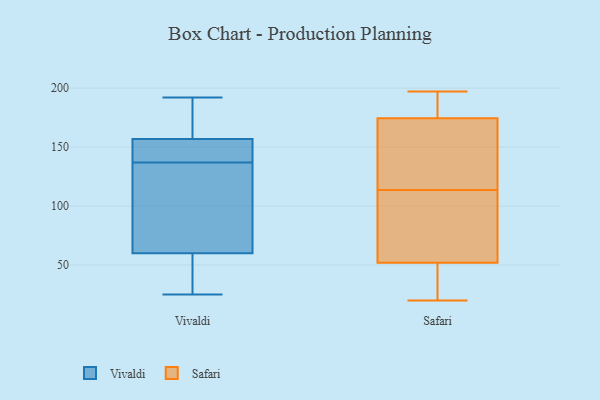
{"axis": {"x": "Market Share (%)", "y": "Value"}, "legend": ["Safari", "Vivaldi"], "data": [{"x": "", "y": 162, "type": "Vivaldi"}, {"x": "", "y": 157, "type": "Vivaldi"}, {"x": "", "y": 120, "type": "Vivaldi"}, {"x": "", "y": 41, "type": "Vivaldi"}, {"x": "", "y": 156, "type": "Vivaldi"}, {"x": "", "y": 50, "type": "Vivaldi"}, {"x": "", "y": 175, "type": "Vivaldi"}, {"x": "", "y": 58, "type": "Vivaldi"}, {"x": "", "y": 92, "type": "Vivaldi"}, {"x": "", "y": 66, "type": "Vivaldi"}, {"x": "", "y": 147, "type": "Vivaldi"}, {"x": "", "y": 137, "type": "Vivaldi"}, {"x": "", "y": 25, "type": "Vivaldi"}, {"x": "", "y": 137, "type": "Vivaldi"}, {"x": "", "y": 192, "type": "Vivaldi"}, {"x": "", "y": 79, "type": "Safari"}, {"x": "", "y": 142, "type": "Safari"}, {"x": "", "y": 166, "type": "Safari"}, {"x": "", "y": 192, "type": "Safari"}, {"x": "", "y": 149, "type": "Safari"}, {"x": "", "y": 60, "type": "Safari"}, {"x": "", "y": 21, "type": "Safari"}, {"x": "", "y": 20, "type": "Safari"}, {"x": "", "y": 85, "type": "Safari"}, {"x": "", "y": 197, "type": "Safari"}, {"x": "", "y": 44, "type": "Safari"}, {"x": "", "y": 183, "type": "Safari"}]}